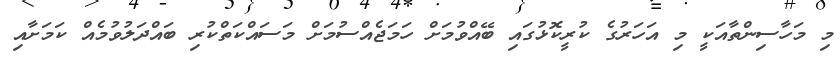
މި މަހާސިންތާއަކީ މި އަހަރުގެ ކުރީކޮޅުގައި ބޭއްވުމަށް ހަމަޖެއްސުމަށް މަސައްކަތްކުރި ބައްދަލުވުމެއް ކަމަށާއި